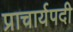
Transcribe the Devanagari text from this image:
प्राचार्यपदी